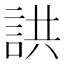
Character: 鿁